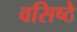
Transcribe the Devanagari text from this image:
वसिष्ठे